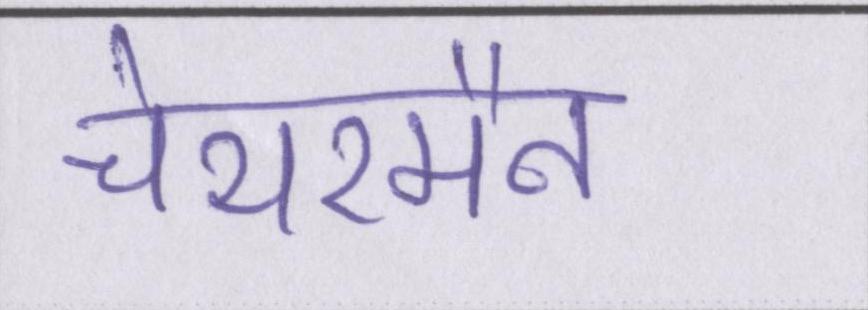
चेयरमैन